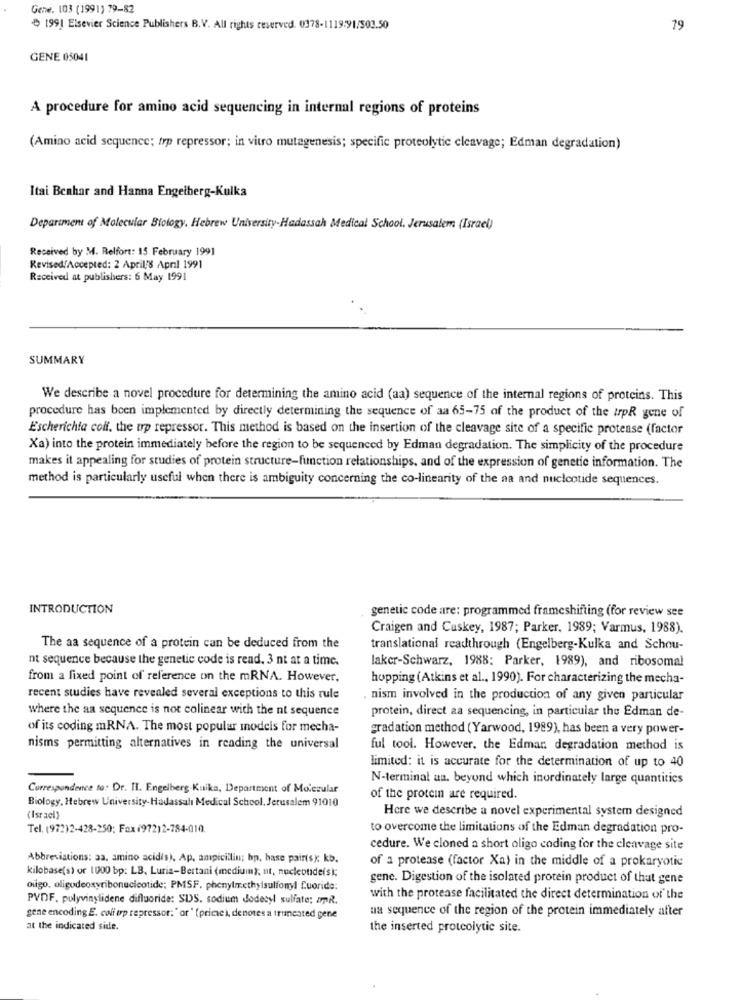
Gene. 103 (1991) 79-82
199] Elsevier Science Publishers B.V. All rights reserved. 0378-1119:91/503.50
79
GENE 05041
A procedure for amino acid sequencing in internal regions of proteins
(Amino acid sequence; trp repressor; in vitro mutagenesis; specific proteolytic cleavage; Edman degradation)
Itai Benhar and Hanna Engelberg-Kulka
Department of Molecular Biology, Hebrew University-Hadassah Medical School, Jerusalem (Israel)
Received by M. Relfort: 15 February 1991
Revised/Accepted: 2 April'8 April 1991
Received at publishers: 6 May 1991
SUMMARY
We describe a novel procedure for determining the amino acid (aa) sequence of the internal regions of proteins. This
procedure has been implemented by directly determining the sequence of aa 65-75 of the product of the trpR gene of
Escherichta colf. the up repressor. This method is based on the insertion of the cleavage site of a specific protease (factor
Xa) into the protein immediately before the region to be sequenced by Edman degradation. The simplicity of the procedure
makes it appealing for studies of protein structure-function relationships, and of the expression of genetic information. The
method is particularly useful when there is ambiguity concerning the co-linearity of the aa and nucleotide sequences.
INTRODUCTION
genetic code are: programmed frameshifting (for review see
Craigen and Cuskey, 1987; Parker, 1989; Varmus, 1988).
The aa sequence of a protein can be deduced from the
translational readthrough (Engelberg-Kulka and Schou-
nt sequence because the genetic code is read. 3 nt at a time.
laker-Schwarz, 1988: Parker, 1989), and ribosomal
from a fixed point of reference on the mRNA. However.
hopping (Atkins et al ., 1990). For characterizing the mecha-
recent studies have revealed several exceptions to this rule
nism involved in the production of any given particular
where the aa sequence is not colinear with the nt sequence
protein, direct aa sequencing, in particular the Edman de-
of its coding mRNA. The most popular models for mecha-
gradation method (Yarwood, 1989), has been a very power-
nisms permitting alternatives in reading the universal
ful tool. However, the Edman degradation method is
limited: it is accurate for the determination of up to 40
N-terminal un. beyond which inordinately large quantities
Correspondence to: Dr. Il. Engelberg Kuika, Department of Molecular
Biology, Hebrew University-Hadassalı Medical School. Jerusalem 91010
of the protein are required.
Here we describe a novel experimental system designed
(Israel)
Tel. (972)2-428-250; Fax (972)2-784-010.
to overcome the limitations of the Edman degradation pro-
cedure. We cloned a short oligo coding for the cleavage site
Abbreviations: aa, amino acidis), Ap, ampicillin; hp, base pairtsk kb.
of a protease (factor Xa) in the middle of a prokaryotic
kilobase(s) or 1000 bp: LB, Luria-Bertani (medium); nt, nucleotide(s);
gene. Digestion of the isolated protein product of that gene
oligo, oligodeoxyribonucleotide; PMSF. phenylmethylsulfonyl Cuoride:
PVDF. polyvinylidene difluoride: SUS. sodium dodecyl sulfate: api.
with the protease facilitated the direct determination of the
na sequence of the region of the protein immediately after
gene encoding E. coli up repressor: " or" (price ), denotes a iruneated gene
at the indicated side.
the inserted protcolytic site.